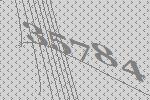
35784